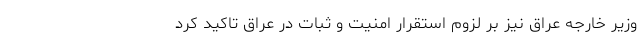
وزیر خارجه عراق نیز بر لزوم استقرار امنیت و ثبات در عراق تاکید کرد